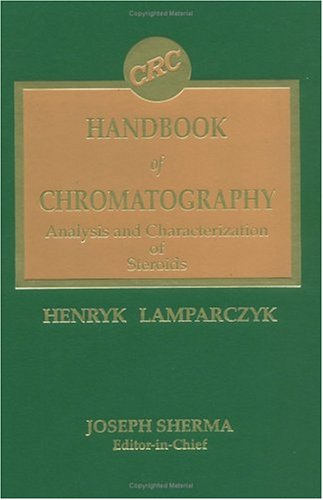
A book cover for CRC Handbook of Chromatography: Analysis and Characterization of Steroids; Henryk Lamparczyk; Science & Math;